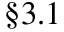
\S 3 . 1